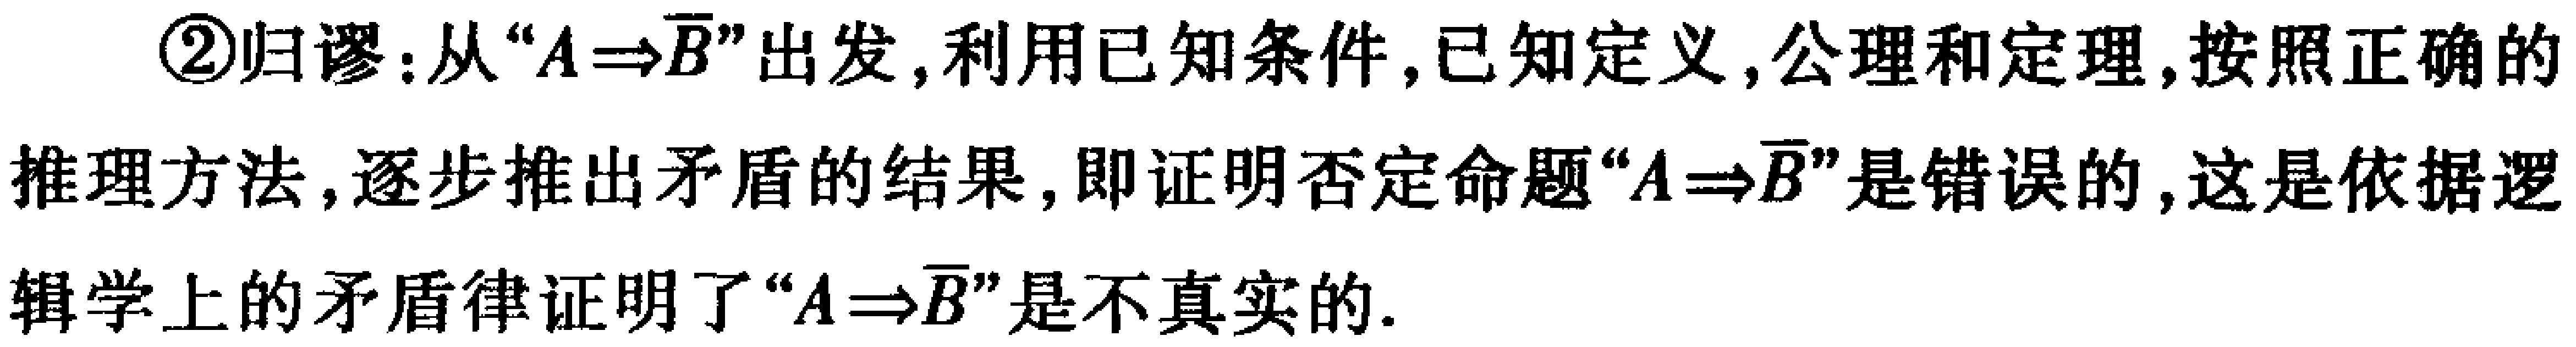
\textcircled{2}归谬：从“\(A\Rightarrow\overline{B}\)”出发，利用已知条件，已知定义，公理和定理，按照正确的推理方法，逐步推出矛盾的结果，即证明否定命题“\(A\Rightarrow\overline{B}\)”是错误的，这是依据逻辑学上的矛盾律证明了“\(A\Rightarrow\overline{B}\)”是不真实的.